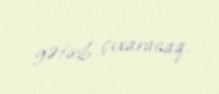
gətirib çıxaracaq.